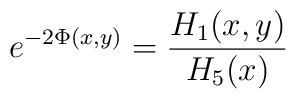
e^{-2\Phi(x,y)} = {H_1(x,y) \over H_5(x)}